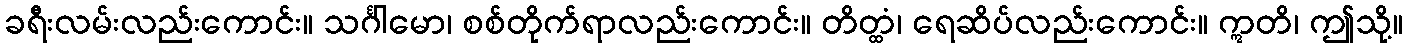
ခရီးလမ်းလည်းကောင်း။ သင်္ဂါမော၊ စစ်တိုက်ရာလည်းကောင်း။ တိတ္ထံ၊ ရေဆိပ်လည်းကောင်း။ ဣတိ၊ ဤသို့။